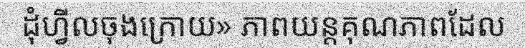
ដុំហ្វីលចុងក្រោយ» ភាពយន្តគុណភាពដែល